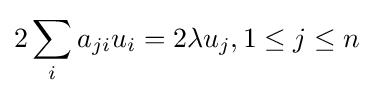
2\sum _{i}a_{ji}u_{i}=2\lambda u_{j},1\leq j\leq n